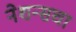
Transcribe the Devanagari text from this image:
नेशन्सचा